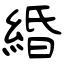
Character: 緍